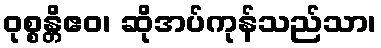
ဝုစ္စန္တိဧဝ၊ ဆိုအပ်ကုန်သည်သာ၊